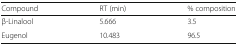
<table><thead><tr><td><b>Compound</b></td><td><b>RT (min)</b></td><td><b>% composition</b></td></tr></thead><tbody><tr><td>β-Linalool</td><td>5.666</td><td>3.5</td></tr><tr><td>Eugenol</td><td>10.483</td><td>96.5</td></tr></tbody></table>